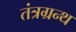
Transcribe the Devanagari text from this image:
तंत्रग्रन्थ